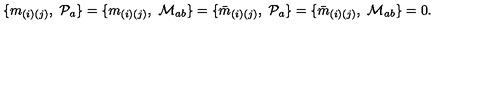
\{ m _ { ( i ) ( j ) } , \ { \cal P } _ { a } \} = \{ m _ { ( i ) ( j ) } , \ { \cal M } _ { a b } \} = \{ { \bar { m } } _ { ( i ) ( j ) } , \ { \cal P } _ { a } \} = \{ { \bar { m } } _ { ( i ) ( j ) } , \ { \cal M } _ { a b } \} = 0 .